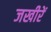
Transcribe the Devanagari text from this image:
जखीरें